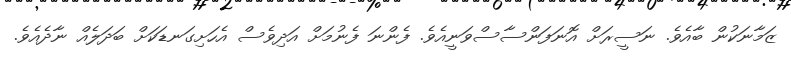
ޒަމާނަކުން ބާއެވެ. ނަސީރަށް އޮނަފަންސާސްވަނީއެވެ. ފެންނަ ފެނުމަށް އަދިވެސް އެހަށިގަނޑަކަށް ބަދަލެއް ނާދެއެވެ.